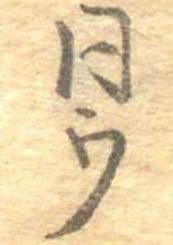
同ウ